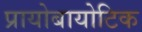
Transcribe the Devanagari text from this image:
प्रायोबायोटिक